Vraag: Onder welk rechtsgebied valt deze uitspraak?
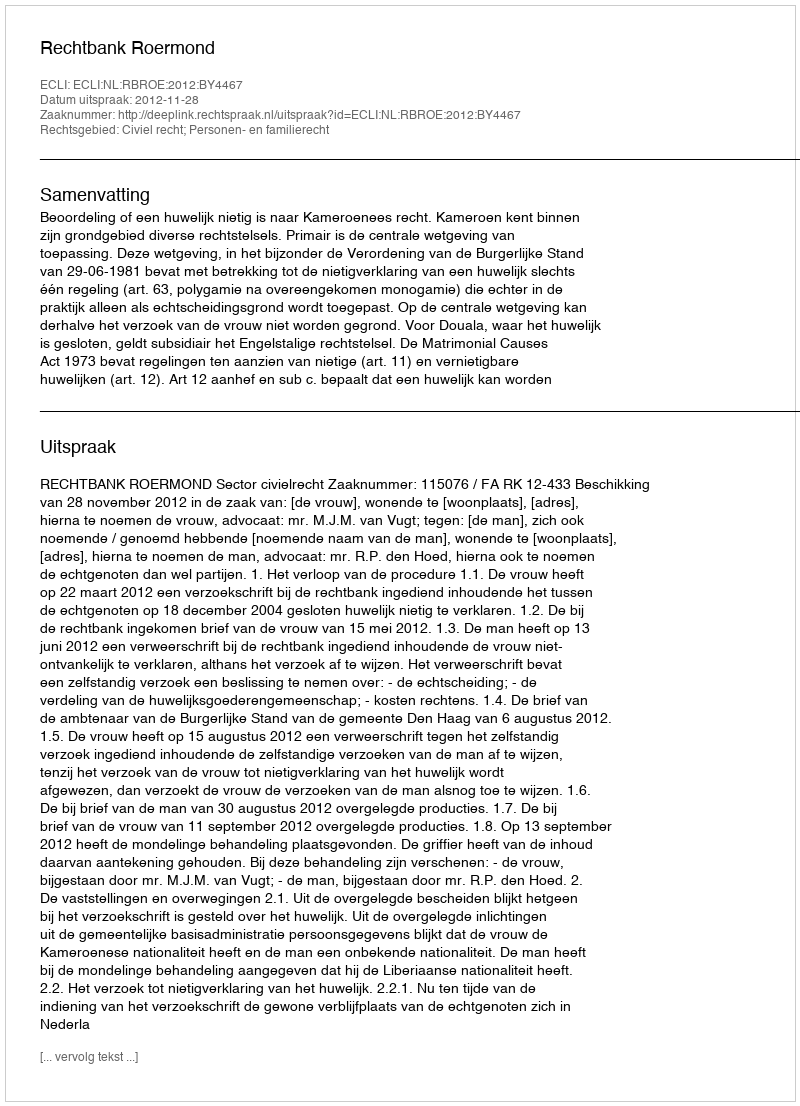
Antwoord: Civiel recht; Personen- en familierecht